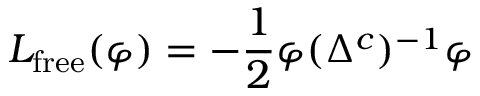
L _ { \mathrm { f r e e } } ( \varphi ) = - { \frac { 1 } { 2 } } \varphi ( \Delta ^ { c } ) ^ { - 1 } \varphi